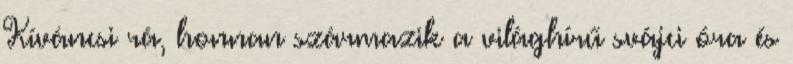
Kíváncsi rá, honnan származik a világhírű svájci óra és